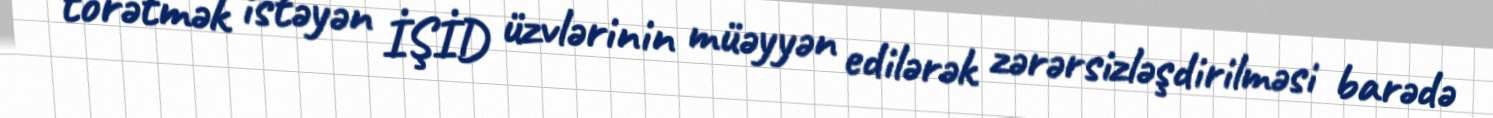
törətmək istəyən İŞİD üzvlərinin müəyyən edilərək zərərsizləşdirilməsi barədə